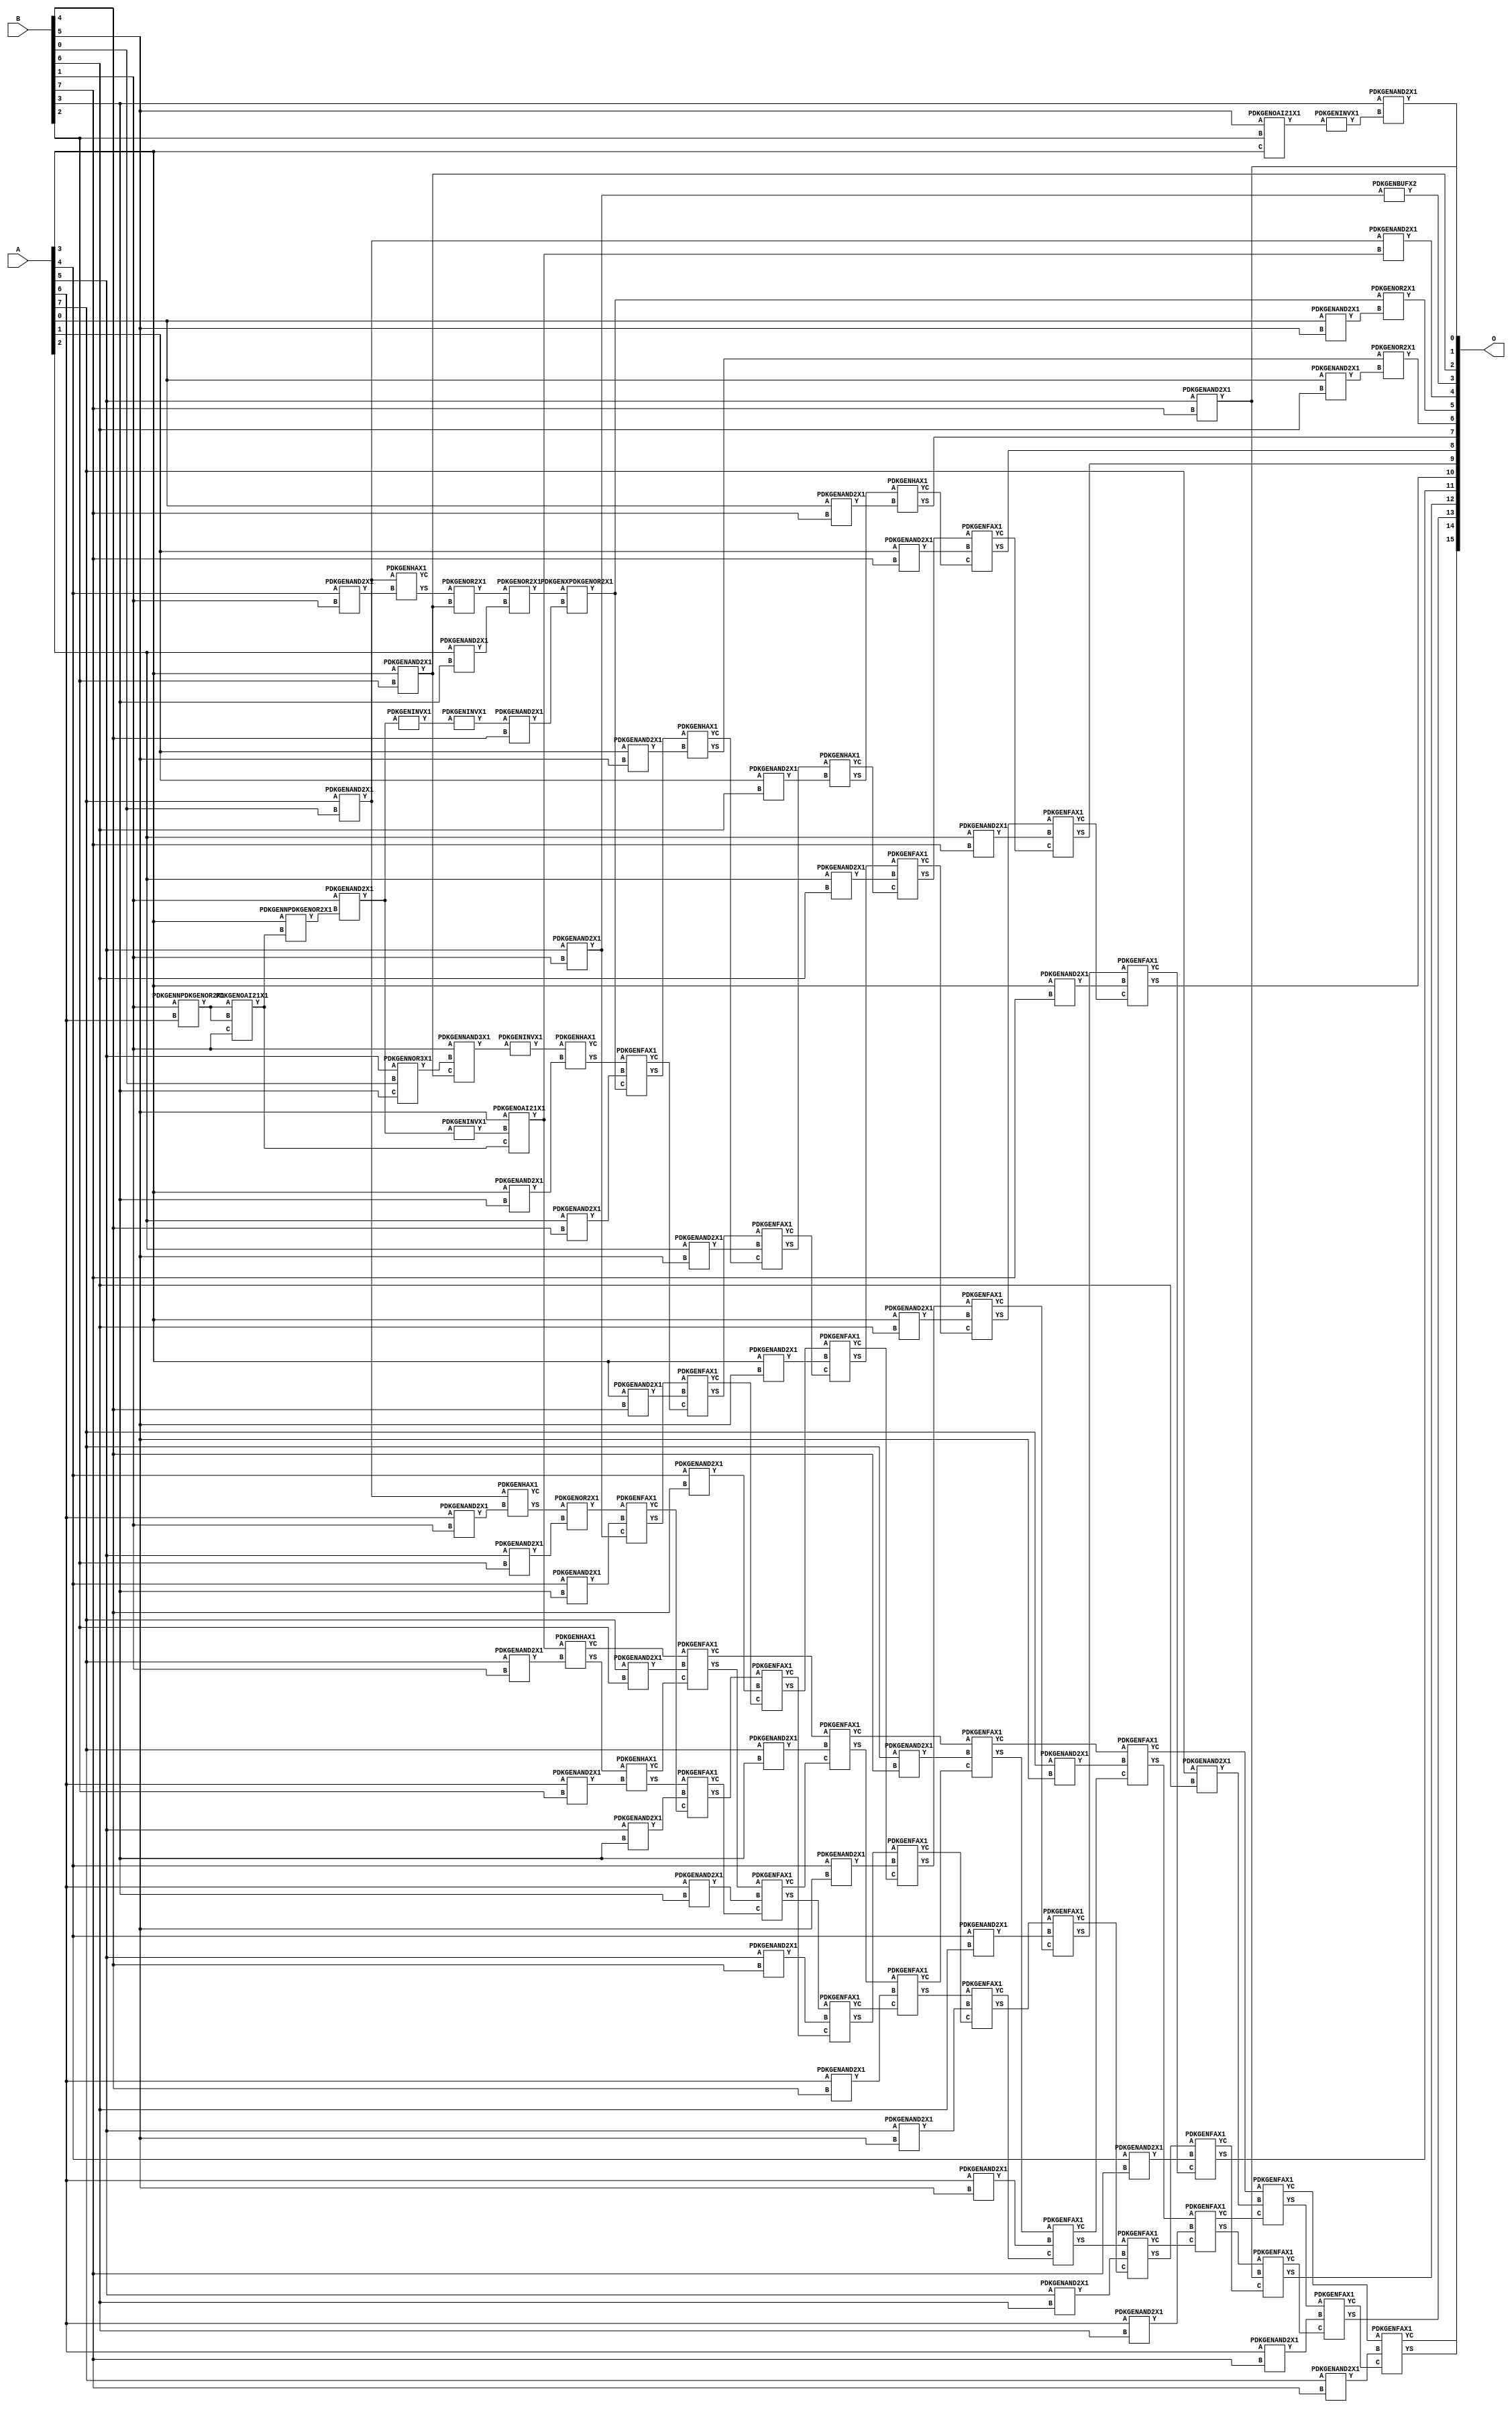
// Library = EvoApprox8b
// Circuit = mul8_285
// Area   (180) = 6345
// Delay  (180) = 3.960
// Power  (180) = 3067.10
// Area   (45) = 464
// Delay  (45) = 1.450
// Power  (45) = 266.10
// Nodes = 106
// HD = 267981
// MAE = 86.66730
// MSE = 16219.03125
// MRE = 2.40 %
// WCE = 603
// WCRE = 242 %
// EP = 95.5 %

module mul8_285(A, B, O);
  input [7:0] A;
  input [7:0] B;
  output [15:0] O;
  wire [2031:0] N;

  assign N[0] = A[0];
  assign N[1] = A[0];
  assign N[2] = A[1];
  assign N[3] = A[1];
  assign N[4] = A[2];
  assign N[5] = A[2];
  assign N[6] = A[3];
  assign N[7] = A[3];
  assign N[8] = A[4];
  assign N[9] = A[4];
  assign N[10] = A[5];
  assign N[11] = A[5];
  assign N[12] = A[6];
  assign N[13] = A[6];
  assign N[14] = A[7];
  assign N[15] = A[7];
  assign N[16] = B[0];
  assign N[17] = B[0];
  assign N[18] = B[1];
  assign N[19] = B[1];
  assign N[20] = B[2];
  assign N[21] = B[2];
  assign N[22] = B[3];
  assign N[23] = B[3];
  assign N[24] = B[4];
  assign N[25] = B[4];
  assign N[26] = B[5];
  assign N[27] = B[5];
  assign N[28] = B[6];
  assign N[29] = B[6];
  assign N[30] = B[7];
  assign N[31] = B[7];

  PDKGENNPDKGENOR2X1 n32(.A(N[18]), .B(N[12]), .Y(N[32]));
  assign N[33] = N[32];
  PDKGENOAI21X1 n34(.A(N[33]), .B(N[32]), .C(N[18]), .Y(N[34]));
  assign N[35] = N[34];
  PDKGENNPDKGENOR2X1 n38(.A(N[6]), .B(N[34]), .Y(N[38]));
  PDKGENAND2X1 n40(.A(N[18]), .B(N[38]), .Y(N[40]));
  assign N[41] = N[40];
  PDKGENOAI21X1 n46(.A(N[26]), .B(N[20]), .C(N[6]), .Y(N[46]));
  PDKGENINVX1 n48(.A(N[46]), .Y(N[48]));
  PDKGENNOR3X1 n54(.A(N[10]), .B(N[16]), .C(N[22]), .Y(N[54]));
  PDKGENINVX1 n68(.A(N[41]), .Y(N[68]));
  assign N[69] = N[68];
  PDKGENAND2X1 n82(.A(N[6]), .B(N[20]), .Y(N[82]));
  assign N[83] = N[82];
  PDKGENINVX1 n92(.A(N[41]), .Y(N[92]));
  PDKGENOAI21X1 n102(.A(N[26]), .B(N[92]), .C(N[35]), .Y(N[102]));
  assign N[103] = N[102];
  PDKGENAND2X1 n148(.A(N[14]), .B(N[16]), .Y(N[148]));
  assign N[149] = N[148];
  PDKGENNAND3X1 n176(.A(N[18]), .B(N[54]), .C(N[83]), .Y(N[176]));
  assign N[177] = N[176];
  PDKGENAND2X1 n182(.A(N[22]), .B(N[48]), .Y(N[182]));
  PDKGENAND2X1 n220(.A(N[149]), .B(N[102]), .Y(N[220]));
  assign N[221] = N[220];
  PDKGENAND2X1 n232(.A(N[8]), .B(N[18]), .Y(N[232]));
  PDKGENAND2X1 n248(.A(N[10]), .B(N[18]), .Y(N[248]));
  assign N[249] = N[248];
  PDKGENAND2X1 n264(.A(N[12]), .B(N[18]), .Y(N[264]));
  PDKGENAND2X1 n282(.A(N[14]), .B(N[18]), .Y(N[282]));
  PDKGENINVX1 n308(.A(N[177]), .Y(N[308]));
  assign N[309] = N[308];
  PDKGENHAX1 n364(.A(N[149]), .B(N[232]), .YS(N[364]), .YC(N[365]));
  PDKGENHAX1 n398(.A(N[148]), .B(N[264]), .YS(N[398]), .YC(N[399]));
  PDKGENHAX1 n414(.A(N[103]), .B(N[282]), .YS(N[414]), .YC(N[415]));
  PDKGENAND2X1 n514(.A(N[10]), .B(N[20]), .Y(N[514]));
  PDKGENAND2X1 n532(.A(N[12]), .B(N[20]), .Y(N[532]));
  PDKGENAND2X1 n548(.A(N[14]), .B(N[20]), .Y(N[548]));
  PDKGENOR2X1 n614(.A(N[364]), .B(N[82]), .Y(N[614]));
  PDKGENOR2X1 n648(.A(N[398]), .B(N[514]), .Y(N[648]));
  PDKGENHAX1 n664(.A(N[414]), .B(N[532]), .YS(N[664]), .YC(N[665]));
  PDKGENFAX1 n682(.A(N[415]), .B(N[548]), .C(N[665]), .YS(N[682]), .YC(N[683]));
  PDKGENAND2X1 n732(.A(N[4]), .B(N[22]), .Y(N[732]));
  PDKGENAND2X1 n748(.A(N[6]), .B(N[22]), .Y(N[748]));
  PDKGENAND2X1 n764(.A(N[8]), .B(N[22]), .Y(N[764]));
  PDKGENAND2X1 n782(.A(N[10]), .B(N[22]), .Y(N[782]));
  PDKGENAND2X1 n798(.A(N[12]), .B(N[22]), .Y(N[798]));
  PDKGENAND2X1 n814(.A(N[14]), .B(N[22]), .Y(N[814]));
  PDKGENBUFX2 n832(.A(N[249]), .Y(N[832]));
  PDKGENINVX1 n844(.A(N[69]), .Y(N[844]));
  assign N[845] = N[844];
  PDKGENOR2X1 n864(.A(N[614]), .B(N[732]), .Y(N[864]));
  PDKGENHAX1 n882(.A(N[309]), .B(N[748]), .YS(N[882]), .YC(N[883]));
  PDKGENFAX1 n898(.A(N[648]), .B(N[764]), .C(N[249]), .YS(N[898]), .YC(N[899]));
  PDKGENFAX1 n914(.A(N[664]), .B(N[782]), .C(N[899]), .YS(N[914]), .YC(N[915]));
  PDKGENFAX1 n932(.A(N[682]), .B(N[798]), .C(N[915]), .YS(N[932]), .YC(N[933]));
  PDKGENFAX1 n948(.A(N[683]), .B(N[814]), .C(N[933]), .YS(N[948]), .YC(N[949]));
  PDKGENAND2X1 n982(.A(N[845]), .B(N[24]), .Y(N[982]));
  PDKGENAND2X1 n998(.A(N[4]), .B(N[24]), .Y(N[998]));
  PDKGENAND2X1 n1014(.A(N[6]), .B(N[24]), .Y(N[1014]));
  PDKGENAND2X1 n1032(.A(N[8]), .B(N[24]), .Y(N[1032]));
  PDKGENAND2X1 n1048(.A(N[10]), .B(N[24]), .Y(N[1048]));
  PDKGENAND2X1 n1064(.A(N[12]), .B(N[24]), .Y(N[1064]));
  PDKGENAND2X1 n1082(.A(N[14]), .B(N[24]), .Y(N[1082]));
  PDKGENXPDKGENOR2X1 n1114(.A(N[864]), .B(N[982]), .Y(N[1114]));
  assign N[1115] = N[1114];
  PDKGENFAX1 n1132(.A(N[882]), .B(N[998]), .C(N[1115]), .YS(N[1132]), .YC(N[1133]));
  PDKGENFAX1 n1148(.A(N[898]), .B(N[1014]), .C(N[1133]), .YS(N[1148]), .YC(N[1149]));
  PDKGENFAX1 n1164(.A(N[914]), .B(N[1032]), .C(N[1149]), .YS(N[1164]), .YC(N[1165]));
  PDKGENFAX1 n1182(.A(N[932]), .B(N[1048]), .C(N[1165]), .YS(N[1182]), .YC(N[1183]));
  PDKGENFAX1 n1198(.A(N[948]), .B(N[1064]), .C(N[1183]), .YS(N[1198]), .YC(N[1199]));
  PDKGENFAX1 n1214(.A(N[949]), .B(N[1082]), .C(N[1199]), .YS(N[1214]), .YC(N[1215]));
  PDKGENAND2X1 n1232(.A(N[0]), .B(N[26]), .Y(N[1232]));
  PDKGENAND2X1 n1248(.A(N[2]), .B(N[26]), .Y(N[1248]));
  PDKGENAND2X1 n1264(.A(N[4]), .B(N[26]), .Y(N[1264]));
  PDKGENAND2X1 n1282(.A(N[6]), .B(N[26]), .Y(N[1282]));
  PDKGENAND2X1 n1298(.A(N[8]), .B(N[26]), .Y(N[1298]));
  PDKGENAND2X1 n1314(.A(N[10]), .B(N[26]), .Y(N[1314]));
  PDKGENAND2X1 n1332(.A(N[12]), .B(N[26]), .Y(N[1332]));
  PDKGENAND2X1 n1348(.A(N[14]), .B(N[26]), .Y(N[1348]));
  PDKGENOR2X1 n1364(.A(N[1114]), .B(N[1232]), .Y(N[1364]));
  PDKGENHAX1 n1382(.A(N[1132]), .B(N[1248]), .YS(N[1382]), .YC(N[1383]));
  PDKGENFAX1 n1398(.A(N[1148]), .B(N[1264]), .C(N[1383]), .YS(N[1398]), .YC(N[1399]));
  PDKGENFAX1 n1414(.A(N[1164]), .B(N[1282]), .C(N[1399]), .YS(N[1414]), .YC(N[1415]));
  PDKGENFAX1 n1432(.A(N[1182]), .B(N[1298]), .C(N[1415]), .YS(N[1432]), .YC(N[1433]));
  PDKGENFAX1 n1448(.A(N[1198]), .B(N[1314]), .C(N[1433]), .YS(N[1448]), .YC(N[1449]));
  PDKGENFAX1 n1464(.A(N[1214]), .B(N[1332]), .C(N[1449]), .YS(N[1464]), .YC(N[1465]));
  PDKGENFAX1 n1482(.A(N[1215]), .B(N[1348]), .C(N[1465]), .YS(N[1482]), .YC(N[1483]));
  PDKGENAND2X1 n1498(.A(N[0]), .B(N[28]), .Y(N[1498]));
  PDKGENAND2X1 n1514(.A(N[2]), .B(N[28]), .Y(N[1514]));
  PDKGENAND2X1 n1532(.A(N[4]), .B(N[28]), .Y(N[1532]));
  PDKGENAND2X1 n1548(.A(N[6]), .B(N[28]), .Y(N[1548]));
  PDKGENAND2X1 n1564(.A(N[8]), .B(N[28]), .Y(N[1564]));
  PDKGENAND2X1 n1582(.A(N[10]), .B(N[28]), .Y(N[1582]));
  PDKGENAND2X1 n1598(.A(N[12]), .B(N[28]), .Y(N[1598]));
  PDKGENAND2X1 n1614(.A(N[14]), .B(N[28]), .Y(N[1614]));
  PDKGENOR2X1 n1632(.A(N[1382]), .B(N[1498]), .Y(N[1632]));
  PDKGENHAX1 n1648(.A(N[1398]), .B(N[1514]), .YS(N[1648]), .YC(N[1649]));
  PDKGENFAX1 n1664(.A(N[1414]), .B(N[1532]), .C(N[1649]), .YS(N[1664]), .YC(N[1665]));
  PDKGENFAX1 n1682(.A(N[1432]), .B(N[1548]), .C(N[1665]), .YS(N[1682]), .YC(N[1683]));
  PDKGENFAX1 n1698(.A(N[1448]), .B(N[1564]), .C(N[1683]), .YS(N[1698]), .YC(N[1699]));
  PDKGENFAX1 n1714(.A(N[1464]), .B(N[1582]), .C(N[1699]), .YS(N[1714]), .YC(N[1715]));
  PDKGENFAX1 n1732(.A(N[1482]), .B(N[1598]), .C(N[1715]), .YS(N[1732]), .YC(N[1733]));
  PDKGENFAX1 n1748(.A(N[1483]), .B(N[1614]), .C(N[1733]), .YS(N[1748]), .YC(N[1749]));
  PDKGENAND2X1 n1764(.A(N[0]), .B(N[30]), .Y(N[1764]));
  PDKGENAND2X1 n1782(.A(N[2]), .B(N[30]), .Y(N[1782]));
  PDKGENAND2X1 n1798(.A(N[4]), .B(N[30]), .Y(N[1798]));
  PDKGENAND2X1 n1814(.A(N[6]), .B(N[30]), .Y(N[1814]));
  PDKGENAND2X1 n1832(.A(N[8]), .B(N[30]), .Y(N[1832]));
  PDKGENAND2X1 n1848(.A(N[10]), .B(N[30]), .Y(N[1848]));
  assign N[1849] = N[1848];
  PDKGENAND2X1 n1864(.A(N[12]), .B(N[30]), .Y(N[1864]));
  PDKGENAND2X1 n1882(.A(N[14]), .B(N[30]), .Y(N[1882]));
  PDKGENHAX1 n1898(.A(N[1648]), .B(N[1764]), .YS(N[1898]), .YC(N[1899]));
  PDKGENFAX1 n1914(.A(N[1664]), .B(N[1782]), .C(N[1899]), .YS(N[1914]), .YC(N[1915]));
  PDKGENFAX1 n1932(.A(N[1682]), .B(N[1798]), .C(N[1915]), .YS(N[1932]), .YC(N[1933]));
  PDKGENFAX1 n1948(.A(N[1698]), .B(N[1814]), .C(N[1933]), .YS(N[1948]), .YC(N[1949]));
  PDKGENFAX1 n1964(.A(N[1714]), .B(N[1832]), .C(N[1949]), .YS(N[1964]), .YC(N[1965]));
  PDKGENFAX1 n1982(.A(N[1732]), .B(N[1848]), .C(N[1965]), .YS(N[1982]), .YC(N[1983]));
  PDKGENFAX1 n1998(.A(N[1748]), .B(N[1864]), .C(N[1983]), .YS(N[1998]), .YC(N[1999]));
  PDKGENFAX1 n2014(.A(N[1749]), .B(N[1882]), .C(N[1999]), .YS(N[2014]), .YC(N[2015]));

  assign O[0] = N[1849];
  assign O[1] = N[182];
  assign O[2] = N[83];
  assign O[3] = N[832];
  assign O[4] = N[221];
  assign O[5] = N[1364];
  assign O[6] = N[1632];
  assign O[7] = N[1898];
  assign O[8] = N[1914];
  assign O[9] = N[1932];
  assign O[10] = N[1948];
  assign O[11] = N[1964];
  assign O[12] = N[1982];
  assign O[13] = N[1998];
  assign O[14] = N[2014];
  assign O[15] = N[2015];

endmodule
/* mod */
module PDKGENOAI21X1( input A, input B, input C, output Y );
    assign Y = ~((A | B) & C);
endmodule
/* mod */
module PDKGENFAX1( input A, input B, input C, output YS, output YC );
    assign YS = (A ^ B) ^ C;
    assign YC = (A & B) | (B & C) | (A & C);
endmodule
/* mod */
module PDKGENHAX1( input A, input B, output YS, output YC );
    assign YS = A ^ B;
    assign YC = A & B;
endmodule
/* mod */
module PDKGENNOR3X1(input A, input B, input C, output Y );
     assign Y = ~((A | B) | C);
endmodule
/* mod */
module PDKGENAND2X1(input A, input B, output Y );
     assign Y = A & B;
endmodule
/* mod */
module PDKGENINVX1(input A, output Y );
     assign Y = ~A;
endmodule
/* mod */
module PDKGENXPDKGENOR2X1(input A, input B, output Y );
     assign Y = A ^ B;
endmodule
/* mod */
module PDKGENNPDKGENOR2X1(input A, input B, output Y );
     assign Y = ~(A | B);
endmodule
/* mod */
module PDKGENNAND3X1(input A, input B, input C, output Y );
     assign Y = ~((A & B) & C);
endmodule
/* mod */
module PDKGENBUFX2(input A, output Y );
     assign Y = A;
endmodule
/* mod */
module PDKGENOR2X1(input A, input B, output Y );
     assign Y = A | B;
endmodule